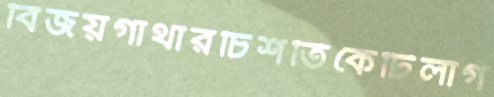
বিজয়গাথারচিশতিকেটিলাগ